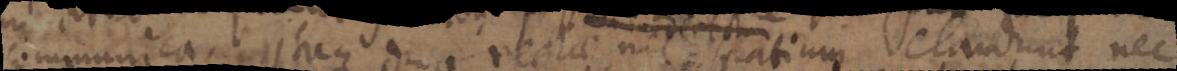
communica itaque dua rectae nec spatium claudunt nec